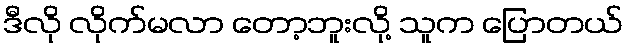
ဒီလို လိုက်မလာ တော့ဘူးလို့ သူက ပြောတယ်